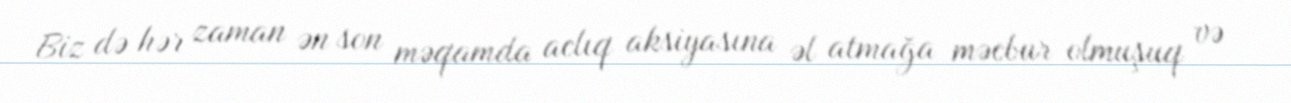
Biz də hər zaman ən son məqamda aclıq aksiyasına əl atmağa məcbur olmuşuq və